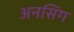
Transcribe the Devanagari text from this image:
अनसिंग